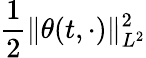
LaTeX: \frac 12\| \theta(t,\cdot)\| _{L^{2}}^{2}